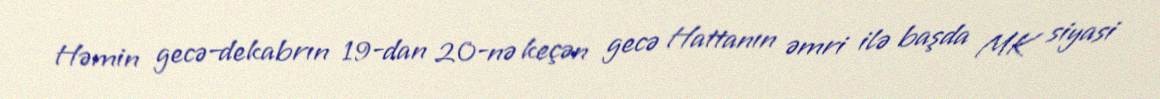
Həmin gecə–dekabrın 19-dan 20-nə keçən gecə Hattanın əmri ilə başda MK siyasi